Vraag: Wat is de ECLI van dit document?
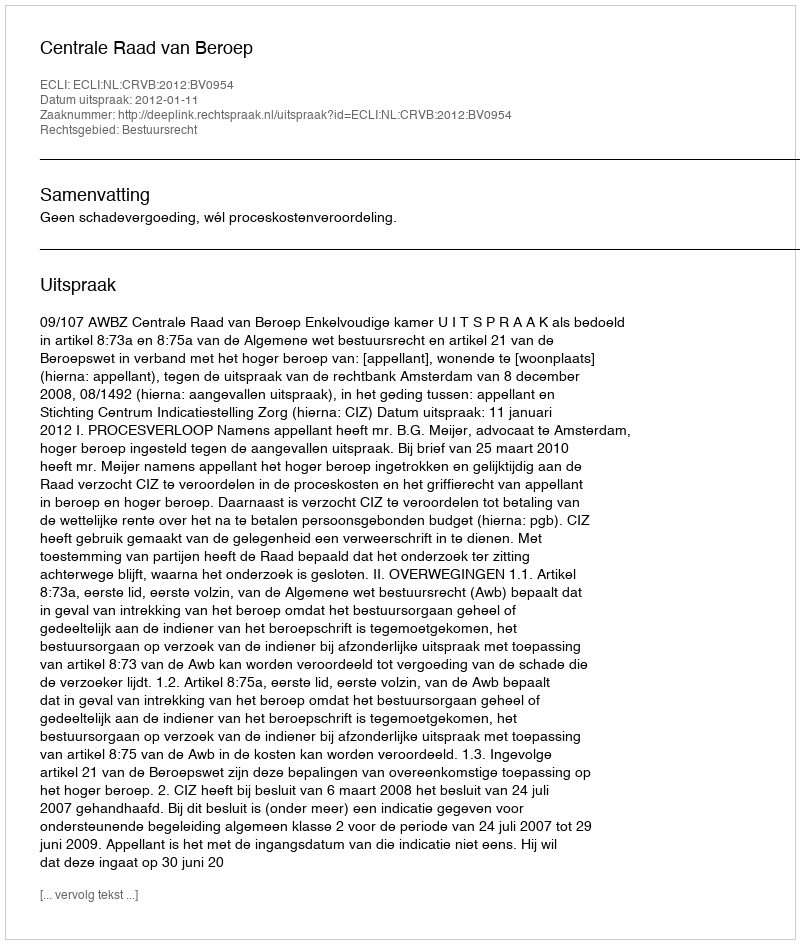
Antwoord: ECLI:NL:CRVB:2012:BV0954